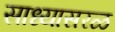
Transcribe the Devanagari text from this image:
साध्यासरळ